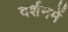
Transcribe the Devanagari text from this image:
दर्शनमें